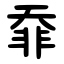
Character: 䨿